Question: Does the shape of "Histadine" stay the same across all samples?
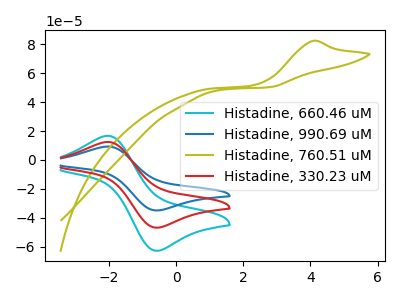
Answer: <think>The cyan curve "Histadine, 660.46 uM" has an anodic peak at (-2.05V, 16.70uA) and a cathodic peak at (-0.55V, -62.60uA). The blue curve "Histadine, 990.69 uM" has an anodic peak at (-2.05V, 24.85uA) and a cathodic peak at (-0.55V, -93.35uA). The olive curve "Histadine, 760.51 uM" has an anodic peak at: (4.05V, 82.15uA). The red curve "Histadine, 330.23 uM" has an anodic peak at (-2.05V, 12.45uA) and a cathodic peak at (-0.55V, -46.65uA).
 All the peaks in "Histadine, 660.46 uM" have a peak in "Histadine, 990.69 uM" at the same potential. Every peak in "Histadine, 660.46 uM" is lower than every peak in "Histadine, 990.69 uM". "Histadine, 660.46 uM" and "Histadine, 760.51 uM" have a different number of peaks. All the peaks in "Histadine, 660.46 uM" have a peak in "Histadine, 330.23 uM" at the same potential. Every peak in "Histadine, 660.46 uM" is higher than every peak in "Histadine, 330.23 uM". "Histadine, 990.69 uM" and "Histadine, 760.51 uM" have a different number of peaks. All the peaks in "Histadine, 990.69 uM" have a peak in "Histadine, 330.23 uM" at the same potential. Every peak in "Histadine, 990.69 uM" is higher than every peak in "Histadine, 330.23 uM". "Histadine, 760.51 uM" and "Histadine, 330.23 uM" have a different number of peaks.</think>
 <answer>All the CV's of "Histadine" have similar shape.</answer>
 <eval>follow_rule</eval>